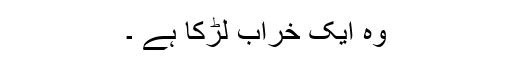
وہ ایک خراب لڑکا ہے ۔